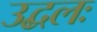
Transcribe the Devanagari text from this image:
उद्बलः